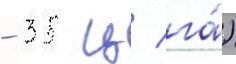
- 35 ц/ га́)